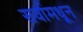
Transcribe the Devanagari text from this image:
सर्वामधून